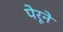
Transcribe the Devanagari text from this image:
पेरूने